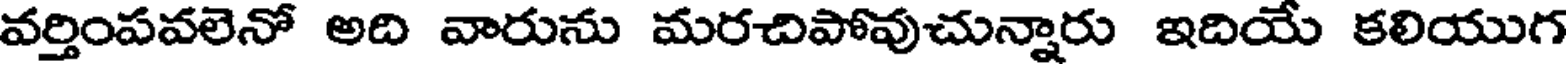
వర్తింపవలెనో అది వారును మరచిపోవుచున్నారు ఇదియే కలియుగ